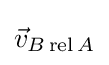
{\vec {v}}_{B\operatorname {rel} A}